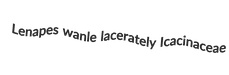
Lenapes wanle lacerately Icacinaceae